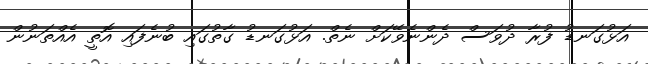
އަޅުގަނޑު ފުރާ ދުވަސް ދެންނެވޭކަށް ނެތް. އަޅުގަނޑު ގާތުގައި ބުނެފައި އޮތީ އެއްތަނުން